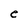
Character: e